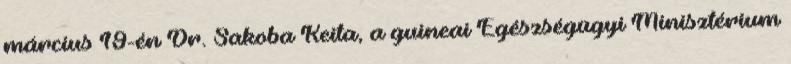
március 19-én Dr. Sakoba Keita, a guineai Egészségügyi Minisztérium